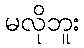
မလိုဘူး